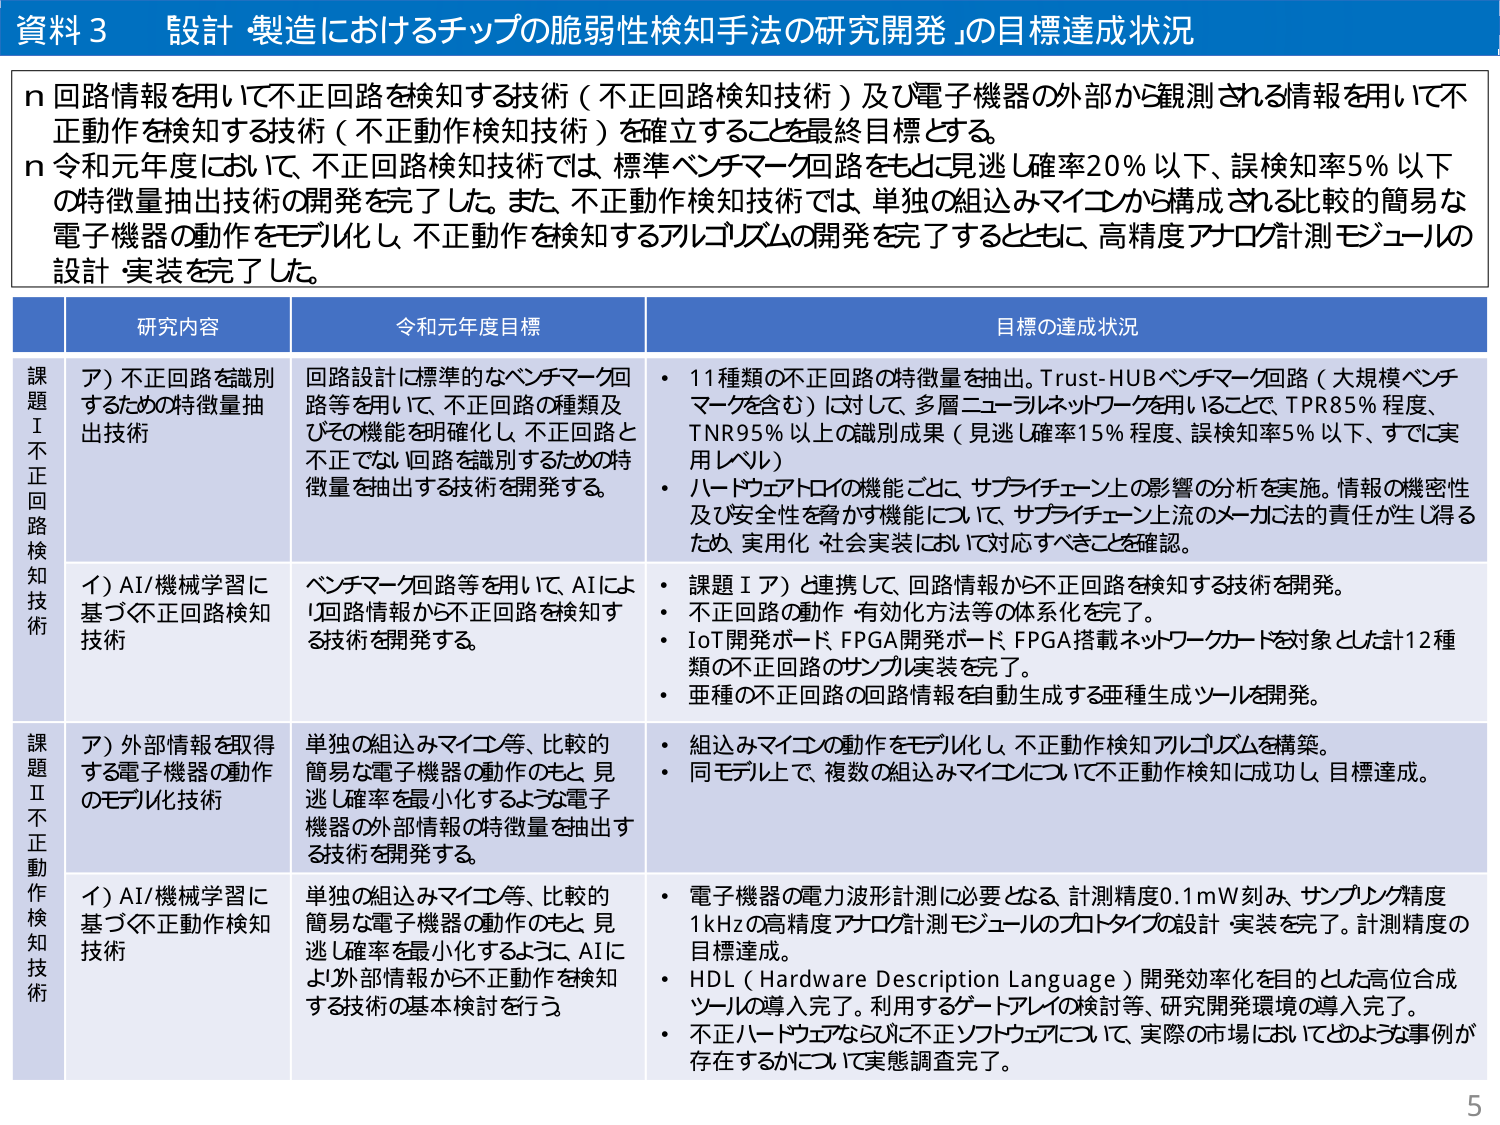
資料３ 設計・製造におけるチップの脆弱性検知手法の研究開発」の目標達成状況

n 回路情報を用いて不正回路を検知する技術（不正回路検知技術）及び電子機器の外部から観測される情報を用いて不正動作を検知する技術（不正動作検知技術）を確立することを最終目標とする。
n 令和元年度において、不正回路検知技術では、標準ベンチマーク回路をもとに見逃し確率20％以下、誤検知率5％以下の特徴量抽出技術の開発を完了した。また、不正動作検知技術では、単独の組込みマイコンから構成される比較的簡易な電子機器の動作をモデル化し、不正動作を検知するアルゴリズムの開発を完了するとともに、高精度アナログ計測モジュールの設計・実装を完了した。

研究内容 令和元年度目標 目標の達成状況

課題Ⅰ 不正回路検知技術
ア）不正回路を識別するための特徴量抽出技術
回路設計に標準的なベンチマーク回路等を用いて、不正回路の種類及びその機能を明確化し、不正回路と不正でない回路を識別するための特徴量を抽出する技術を開発する。
・11種類の不正回路の特徴量を抽出。Trust-HUBベンチマーク回路（大規模ベンチマークを含む）に対して、多層ニューラルネットワークを用いることで、TPR85％程度、TNR95％以上の識別成果（見逃し確率15％程度、誤検知率5％以下、すでに実用レベル）
・ハードウェアトロイの機能ごとに、サプライチェーン上の影響の分析を実施。情報の機密性及び安全性を脅かす機能について、サプライチェーン上流のメーカ法の責任が生じ得るため、実用化・社会実装において対応すべきことを確認。

イ）AI/機械学習に基づく不正回路検知技術
ベンチマーク回路等を用いて、AIにより回路情報から不正回路を検知する技術を開発する。
・課題Ⅰア）と連携して、回路情報から不正回路を検知する技術を開発。
・不正回路の動作・有効化方法等の体系を完了。
・IoT開発ボード・FPGA開発ボード・FPGA搭載ネットワークカードを対象とした計12種類の不正回路のサンプル実装を完了。
・亜種の不正回路の回路情報を自動生成する亜種生成ツールを開発。

課題Ⅱ 不正動作検知技術
ア）外部情報を取得する電子機器の動作のモデル化技術
単独の組込みマイコン等、比較的簡易な電子機器の動作のもと、見逃し確率を最小化するような電子機器の外部情報の特徴量を抽出する技術を開発する。
・組込みマイコンの動作をモデル化し、不正動作検知アルゴリズムを構築。
・同モデル上で、複数の組込みマイコンについて不正動作検知に成功し、目標達成。

イ）AI/機械学習に基づく不正動作検知技術
単独の組込みマイコン等、比較的簡易な電子機器の動作のもと、見逃し確率を最小化するように、AIにより外部情報から不正動作を検知する技術の基本検討を行う。
・電子機器の電力波形計測に必要となる、計測精度0.1mW刻み、サンプリング精度1kHzの高精度アナログ計測モジュールのプロトタイプの設計・実装を完了。計測精度の目標達成。
・HDL（Hardware Description Language）開発効率化を目的とした高位合成ツールの導入完了。利用するゲートアレイの検討等、研究開発環境の導入完了。
・不正ハードウェアならびに不正ソフトウェアについて、実際の市場においてどのような事例が存在するかについて実態調査完了。

5